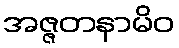
အဇ္ဇတနာမိဝ